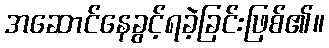
အဆောင်နေခွင့်ရခဲ့ခြင်းဖြစ်၏။